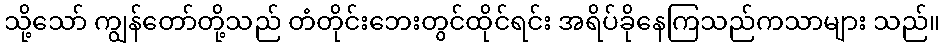
သို့သော် ကျွန်တော်တို့သည် တံတိုင်းဘေးတွင်ထိုင်ရင်း အရိပ်ခိုနေကြသည်ကသာများ သည်။